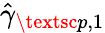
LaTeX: \hat{\gamma}_{\textsc{p},1}